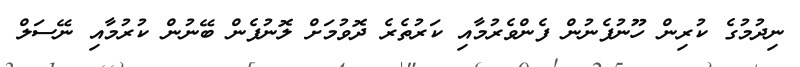
ނިދުމުގެ ކުރިން ހޫނުފެނުން ފެންވެރުމާއި ކަރުތެރެ ދޮވުމަށް ލޮނުފެން ބޭނުން ކުރުމާއި ނޭސަލް